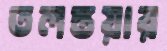
তলস্তয়ার